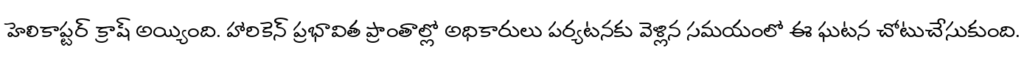
హెలికాప్టర్ క్రాష్ అయ్యింది. హారికెన్ ప్రభావిత ప్రాంతాల్లో అధికారులు పర్యటనకు వెళ్లిన సమయంలో ఈ ఘటన చోటుచేసుకుంది.